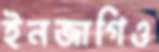
ইনজাগিও